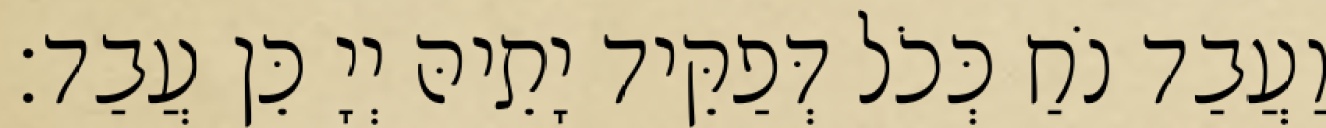
וַעֲבַד נֹחַ כְּכֹל דְּפַקֵּיד יָתֵיהּ יְיָ כֵּן עֲבַד׃